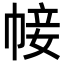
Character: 帹